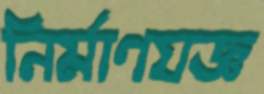
নির্মাণযজ্ঞ